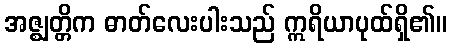
အဇ္ဈတ္တိက ဓာတ်လေးပါးသည် ဣရိယာပုထ်ရှိ၏။